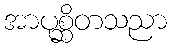
အာပုစ္ဆိတသညာ